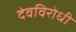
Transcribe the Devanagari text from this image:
देवविरोधी